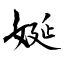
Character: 娫